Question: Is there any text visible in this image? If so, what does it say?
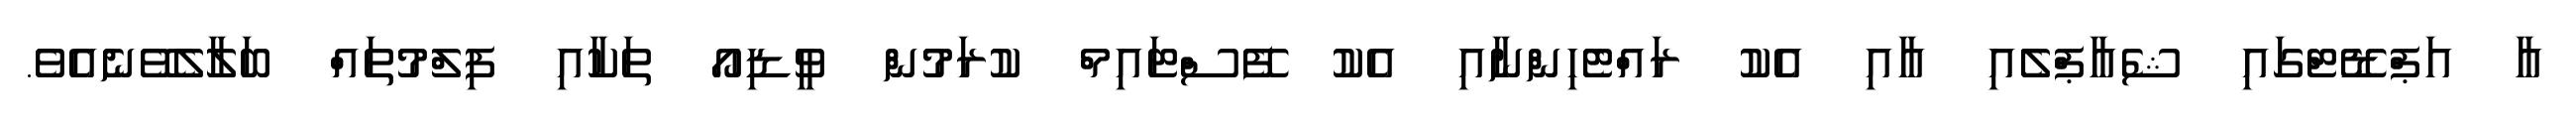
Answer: އާ އަޕްޑޭޓްގައި ޝެއާޕްލެއި އާއި އެކު ރައްޓެހިންނާއި އެކު ފޭސްޓައިމް ކުރަމުން ވީޑިއޯ ތަކާއި ފިލްމުތައް ބަލާލެވޭނެއެވެ.